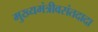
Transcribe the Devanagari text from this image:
मुख्यमंत्रीवसंतदादा